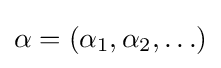
\alpha =(\alpha _{1},\alpha _{2},\ldots )